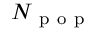
N _ { \mathrm { ~ p ~ o ~ p ~ } }